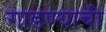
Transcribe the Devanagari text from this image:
गाडण्याची